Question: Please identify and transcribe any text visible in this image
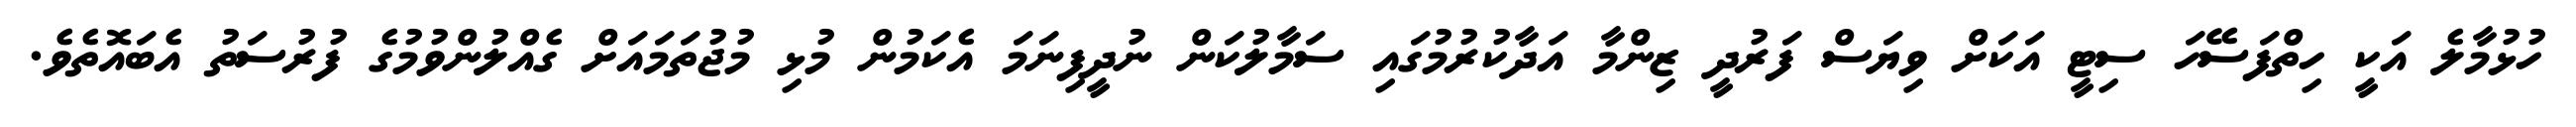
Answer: ހުޅުމާލެ އަކީ ހިތްފަސޭހަ ސިޓީ އަކަށް ވިޔަސް ފަރުދީ ޒިންމާ އަދާކުރުމުގައި ސަމާލުކަން ނުދީފިނަމަ އެކަމުން މުޅި މުޖުތަމައަށް ގެއްލުންވުމުގެ ފުރުސަތު އެބައޮތެވެ.